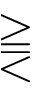
\gtreqqless